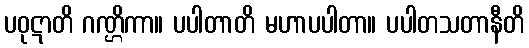
ပဝုဋာတိ ဂဏ္ဌိကာ။ ပပါတာတိ မဟာပပါတာ။ ပပါတသတာနီတိ